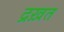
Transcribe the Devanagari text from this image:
द्रख़त